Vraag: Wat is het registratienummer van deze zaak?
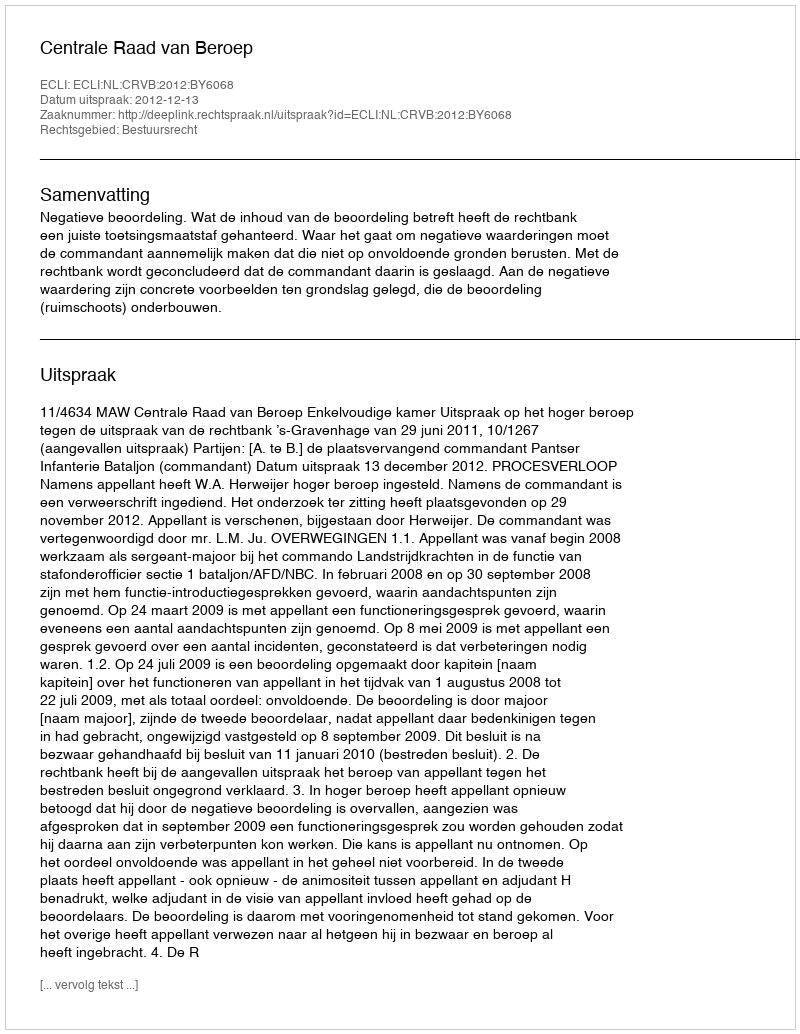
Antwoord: http://deeplink.rechtspraak.nl/uitspraak?id=ECLI:NL:CRVB:2012:BY6068